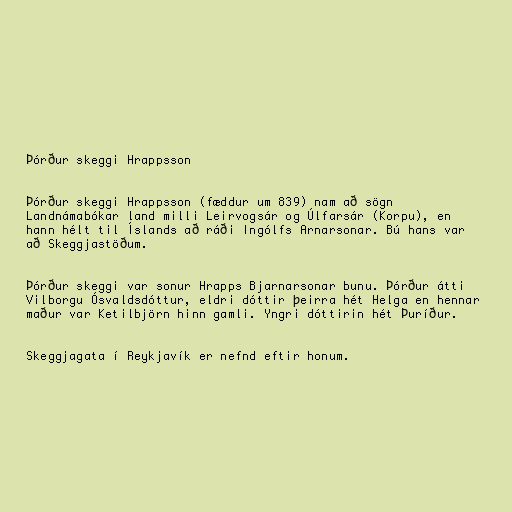
Þórður skeggi Hrappsson

Þórður skeggi Hrappsson (fæddur um 839) nam að sögn
Landnámabókar land milli Leirvogsár og Úlfarsár (Korpu), en
hann hélt til Íslands að ráði Ingólfs Arnarsonar. Bú hans var
að Skeggjastöðum.

Þórður skeggi var sonur Hrapps Bjarnarsonar bunu. Þórður átti
Vilborgu Ósvaldsdóttur, eldri dóttir þeirra hét Helga en hennar
maður var Ketilbjörn hinn gamli. Yngri dóttirin hét Þuríður.

Skeggjagata í Reykjavík er nefnd eftir honum.